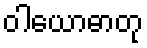
ဝါယောဓာတု